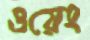
ওয়েং